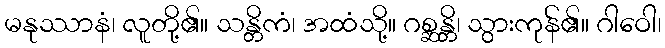
မနုဿာနံ၊ လူတို့၏။ သန္တိကံ၊ အထံသို့။ ဂစ္ဆန္တိ၊ သွားကုန်၏။ ဂါဝေါ၊